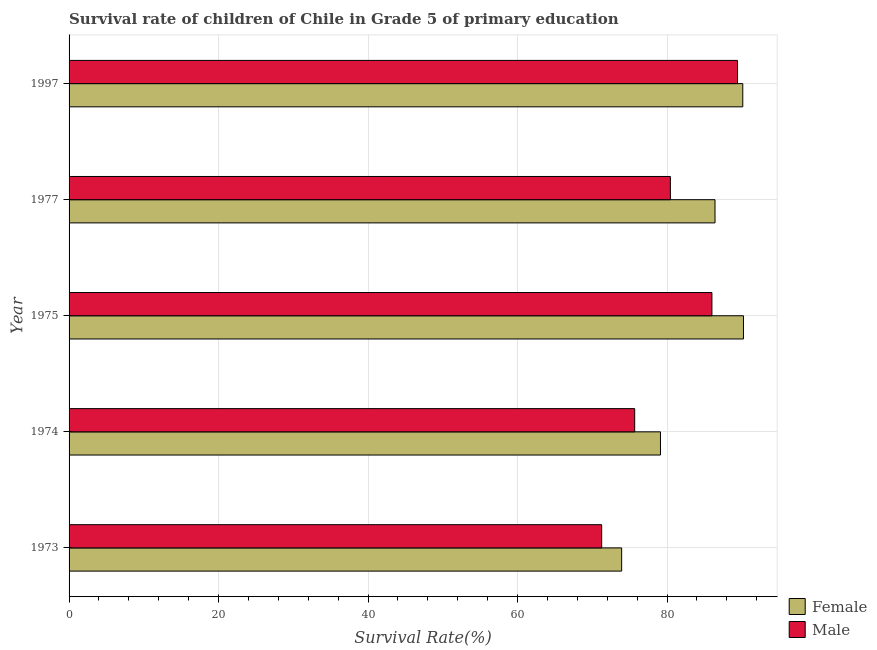
| Year | Female | Male |
 | --- | --- | --- |
 | 1973 | 73.9 | 71.3 |
 | 1974 | 79.1 | 75.7 |
 | 1975 | 90.2 | 86 |
 | 1977 | 86.4 | 80.4 |
 | 1997 | 90.1 | 89.4 |